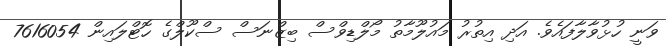
ވަނީ ހުޅުވާލާފައެވެ. އަދި އިތުރު މައުލޫމާތު މޯލްޑިވްސް ބިޒްނަސް ސްކޫލްގެ ހޮޓްލައިން 7616054